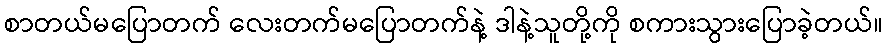
စာတယ်မပြောတက် လေးတက်မပြောတက်နဲ့ ဒါနဲ့သူတို့ကို စကားသွားပြောခဲ့တယ်။